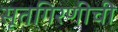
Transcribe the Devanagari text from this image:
सूतगिरणीची